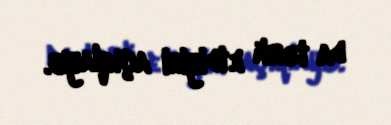
da tərk etdiyini açıqlayıb.